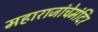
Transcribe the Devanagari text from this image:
महाराजांचेमंदिर